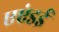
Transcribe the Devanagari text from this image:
एएंडई